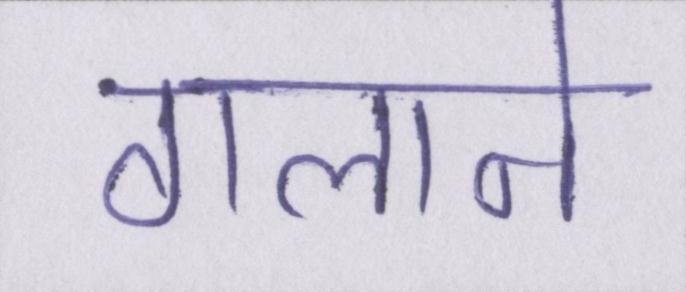
गलाने